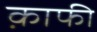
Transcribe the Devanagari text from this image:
क़ाफी